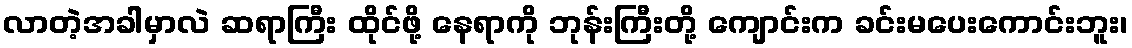
လာတဲ့အခါမှာလဲ ဆရာကြီး ထိုင်ဖို့ နေရာကို ဘုန်းကြီးတို့ ကျောင်းက ခင်းမပေးကောင်းဘူး၊